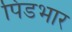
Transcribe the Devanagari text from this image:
पिंडभार